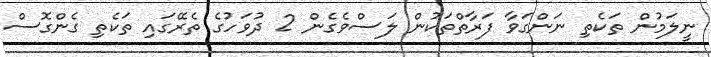
ނީލަމުން ތަކެތި ނަންގަވާ ފަރާތްތަކުން ލަސްވެގެން 2 ދުވަހުގެ ތެރޭގައި ތަކެތި ގެންގޮސް